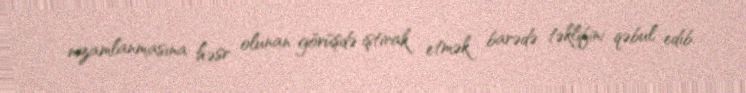
nizamlanmasına həsr olunan görüşdə iştirak etmək barədə təklifini qəbul edib.